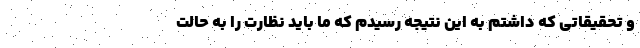
و تحقیقاتی که داشتم به این نتیجه رسیدم که ما باید نظارت را به حالت